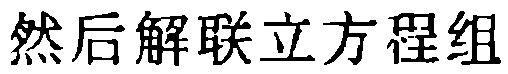
然后解联立方程组